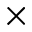
\times